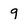
Character: 9